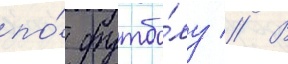
по́ футбо́лу // В